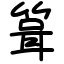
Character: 箿